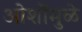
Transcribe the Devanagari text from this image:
ओशोंमुळे